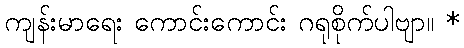
ကျန်းမာရေး ကောင်းကောင်း ဂရုစိုက်ပါဗျာ။ *